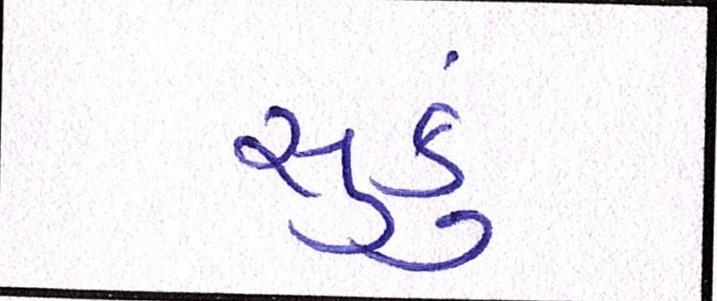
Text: સુકું